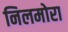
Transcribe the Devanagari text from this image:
निलमोरा